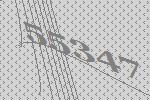
55347